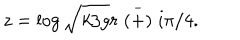
z = \log \sqrt { k / g } r \stackrel { - } { ( + ) } i \pi / 4 .